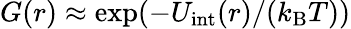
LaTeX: G(r)\approx\exp(-U_{\mathrm{int}}(r)/(k_{\mathrm{B}}T))